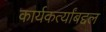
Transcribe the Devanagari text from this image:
कार्यकर्त्यांबद्दल